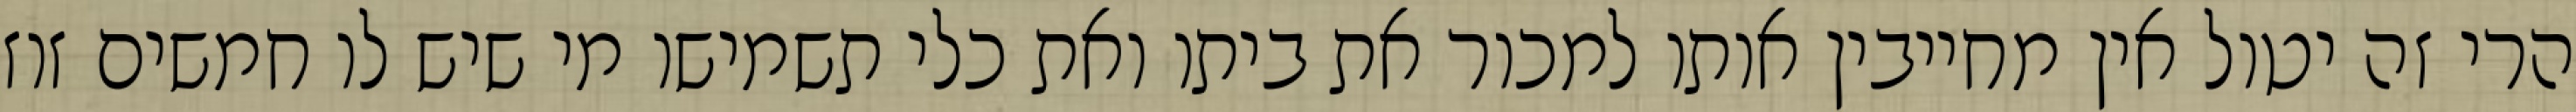
הרי זה יטול אין מחייבין אותו למכור את ביתו ואת כלי תשמישו מי שיש לו חמשים זוז